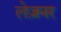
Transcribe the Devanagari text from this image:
लेज़नर